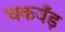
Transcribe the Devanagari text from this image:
चकवँड़